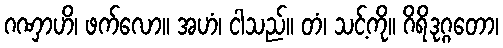
ဂဏှာဟိ၊ ဖက်လော။ အဟံ၊ ငါသည်။ တံ၊ သင့်ကို။ ဂိရိဒုဂ္ဂတော၊